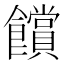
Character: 𮩗